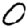
Digit: 0